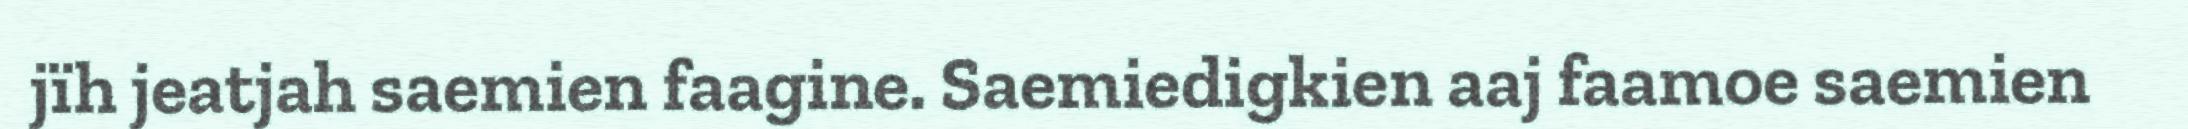
jïh jeatjah saemien faagine. Saemiedigkien aaj faamoe saemien